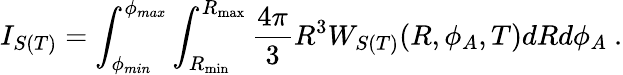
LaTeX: I_{S(T)}=\int_{\phi_{min}}^{\phi_{max}}\int_{R_{\mathrm{min}}}^{R_{\mathrm{max}}}\frac{4\pi}{3}R^{3}W_{S(T)}(R,\phi_{A},T)dRd\phi_{A}~.